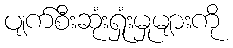
ပျက်စီးဆုံးရှုံးမှုများကို